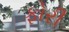
ફોરી